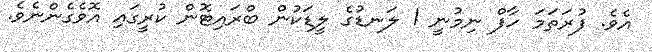
އެވެ. ފުރަތަމަ ހާފް ނިމުނީ 1 ލަނޑުގެ ލީޑަކުން ބްރައިޓޮން ކުރީގައި އޮވެގެންނެވެ.